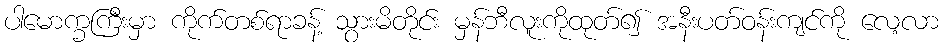
ပါမောက္ခကြီးမှာ ကိုက်တစ်ရာခန့် သွားမိတိုင်း မှန်ဘီလူးကိုထုတ်၍ အနီးပတ်ဝန်းကျင်ကို လေ့လာ